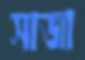
সাজা